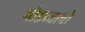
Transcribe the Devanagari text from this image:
गोडव्याची